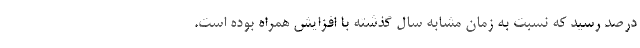
درصد رسید که نسبت به زمان مشابه سال گذشته با افزایش همراه بوده است.